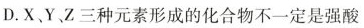
D.X、Y 、Z三种元素形成的化合物不一定是强酸